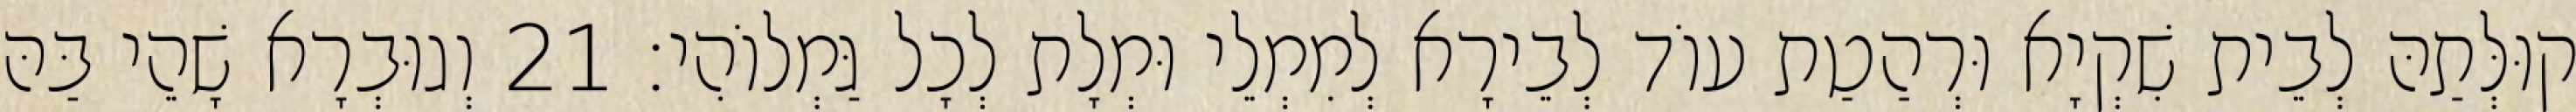
קוּלְּתַהּ לְבֵית שִׁקְיָא וּרְהַטַת עוֹד לְבֵירָא לְמִמְלֵי וּמְלָת לְכָל גַּמְלוֹהִי׃ 21 וְגוּבְרָא שָׁהֵי בַּהּ